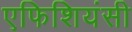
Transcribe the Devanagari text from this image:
एफिशियंसी